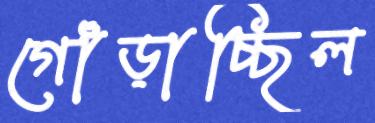
গোঁড়াচ্ছিল